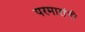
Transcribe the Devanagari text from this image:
परमारांनी